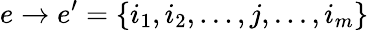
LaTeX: e\to e^{\prime}=\{ i_{1},i_{2},...,j,...,i_{m}\}